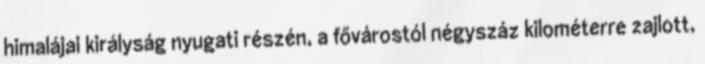
himalájai királyság nyugati részén, a fővárostól négyszáz kilométerre zajlott,